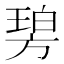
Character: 𣄋